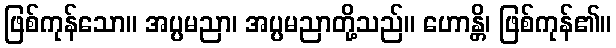
ဖြစ်ကုန်သော။ အပ္ပမညာ၊ အပ္ပမညာတို့သည်။ ဟောန္တိ၊ ဖြစ်ကုန်၏။